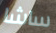
ساشا